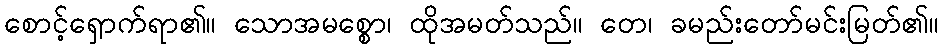
စောင့်ရှောက်ရာ၏။ သောအမစ္စော၊ ထိုအမတ်သည်။ တေ၊ ခမည်းတော်မင်းမြတ်၏။